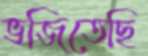
ভজিতেছি